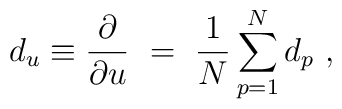
d_u \equiv \frac{\partial}{\partial u}\ = \ \frac{1}{N} \sum_{p=1}^N d_p\ ,